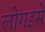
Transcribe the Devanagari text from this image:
लोगइसे